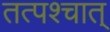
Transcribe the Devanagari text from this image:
तत्‍पश्‍चात्